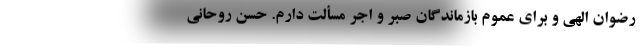
رضوان الهی و برای عموم بازماندگان صبر و اجر مسألت دارم. حسن روحانی